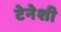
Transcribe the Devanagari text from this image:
टेनेशी